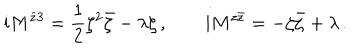
\mathrm { i } M ^ { \bar { z } 3 } = \frac { 1 } { 2 } \zeta ^ { 2 } \bar { \zeta } - \lambda \zeta \, , \qquad \mathrm { i } M ^ { z \bar { z } } = - \zeta \bar { \zeta } + \lambda \, .